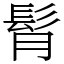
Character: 𩬏